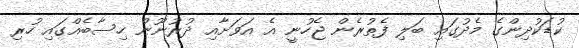
ކުޑަކުދިންގެ މެދުގައި ބަލި ފެތުރެން ޖެހުނީ އެ އަވަށާއި ދުރުނޫން ހިސާބެއްގައި ހުރި